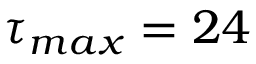
\tau _ { m a x } = 2 4